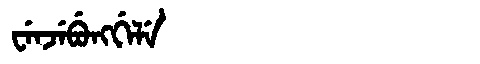
Manchu: ᠸᡝᠨᠵᡝᠪᡠᠩᡤᡝᠯᡝ
Romanization: WENJEBUNGGELE